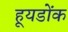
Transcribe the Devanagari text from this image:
हूयडोंक